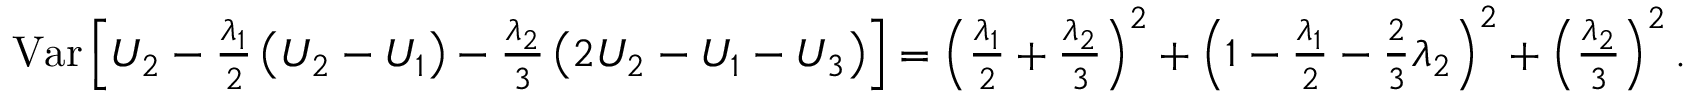
\begin{array} { r } { \mathrm { V a r } \left[ U _ { 2 } - \frac { \lambda _ { 1 } } { 2 } \left( U _ { 2 } - U _ { 1 } \right) - \frac { \lambda _ { 2 } } { 3 } \left( 2 U _ { 2 } - U _ { 1 } - U _ { 3 } \right) \right] = \left( \frac { \lambda _ { 1 } } { 2 } + \frac { \lambda _ { 2 } } { 3 } \right) ^ { 2 } + \left( 1 - \frac { \lambda _ { 1 } } { 2 } - \frac { 2 } { 3 } \lambda _ { 2 } \right) ^ { 2 } + \left( \frac { \lambda _ { 2 } } { 3 } \right) ^ { 2 } . } \end{array}